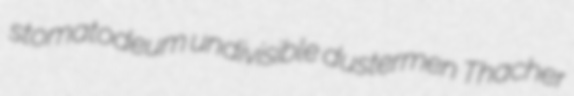
stomatodeum undivisible dustermen Thacher